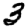
Digit: 3